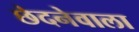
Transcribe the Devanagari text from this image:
छेदनेवाला